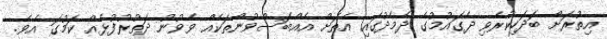
އިތުރަށް ބަދަހިކުރެވި ދެގައުމުގެ ދެމެދުގައި އެތަށް އެއްބަސްވުންތަކެއް ވެވުނު ދަތުރުފުޅެއް ކަމުގަ އެވެ.